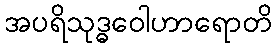
အပရိသုဒ္ဓဝေါဟာရောတိ